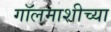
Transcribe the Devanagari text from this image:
गॉलमाशीच्या